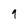
Character: 9